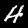
Label: 4